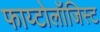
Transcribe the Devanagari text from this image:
फाय्टोलॉजिस्ट